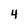
Character: 4